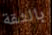
بالثقة